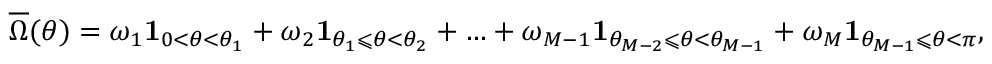
\overline { { \Omega } } ( \theta ) = \omega _ { 1 } \mathbf { 1 } _ { 0 < \theta < \theta _ { 1 } } + \omega _ { 2 } \mathbf { 1 } _ { \theta _ { 1 } \leqslant \theta < \theta _ { 2 } } + \ldots + \omega _ { M - 1 } \mathbf { 1 } _ { \theta _ { M - 2 } \leqslant \theta < \theta _ { M - 1 } } + \omega _ { M } \mathbf { 1 } _ { \theta _ { M - 1 } \leqslant \theta < \pi } ,